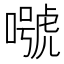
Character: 𡀱